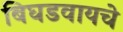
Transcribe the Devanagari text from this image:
बिघडवायचे